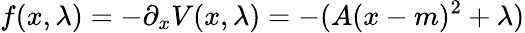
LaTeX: f(x,\lambda)=-\partial_{x}V(x,\lambda)=-(A(x-m)^{2}+\lambda)